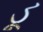
ડૂ